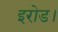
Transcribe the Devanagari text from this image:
इरोड।